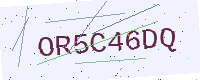
Text: OR5C46DQ